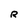
Character: R